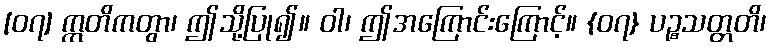
[၀၇] ဣတိကတွာ၊ ဤသို့ပြု၍။ ဝါ၊ ဤအကြောင်းကြောင့်။ {၀၇} ပဉ္စသတ္တတိ၊